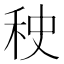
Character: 𰨠